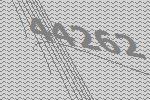
44262